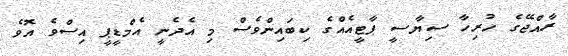
ރާއްޖޭގެ ހުރިހާ ސިޔާސީ ޕާޓީއެއްގެ ކިބައިންވެސް މި އެދެނީ އެމްޑީޕީ އިސްވެ އޮވެ